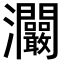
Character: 𤅾